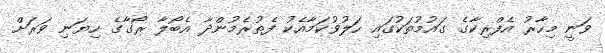
ވަނީ މިހާރު އެފްރިކާގެ ގައުުމުތަކުގައި ހަލުވުކަމާއެކު ފެތުރެމުންދާ އެބޯލާ ރޯގާގެ ހިޔަނި ވަރަށް